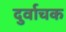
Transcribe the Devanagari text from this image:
दुर्वाचक